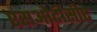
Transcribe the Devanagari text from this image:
एसओटीसीए